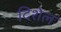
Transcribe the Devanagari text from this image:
दिशेल